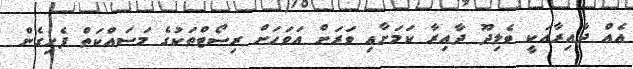
އެއް ދާއިރާއަކީ ވެލިދޫ ދާއިރާ ކަމަށާއި ވަރަށް އަވަހަށް ރިސޯޓްތަކުގެ މަސައްކަތް ފެށިގެން